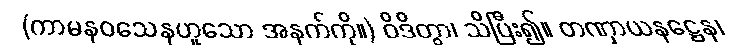
(ကာမနဝသေနဟူသော အနက်ကို။) ဝိဒိတွာ၊ သိပြီး၍။ တဏှာယနဋ္ဌေန၊